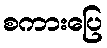
စကားပြေ